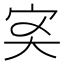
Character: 𡧑